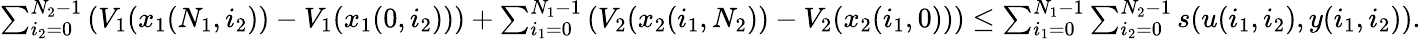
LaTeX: \begin{array}{r}{\sum_{i_{2}=0}^{N_{2}-1}\left(V_{1}(x_{1}(N_{1},i_{2}))-V_{1}(x_{1}(0,i_{2}))\right)+\sum_{i_{1}=0}^{N_{1}-1}\left(V_{2}(x_{2}(i_{1},N_{2}))-V_{2}(x_{2}(i_{1},0))\right)\leq\sum_{i_{1}=0}^{N_{1}-1}\sum_{i_{2}=0}^{N_{2}-1}s(u(i_{1},i_{2}),y(i_{1},i_{2})).}\end{array}